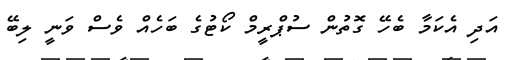
އަދި އެކަމާ ބެހޭ ގޮތުން ސުޕްރީމް ކޯޓުގެ ބަހެއް ވެސް ވަނީ ލިބޭ